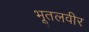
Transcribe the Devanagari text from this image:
भूतलवीर